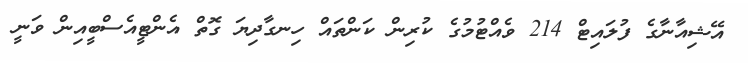
އޭޝިއާނާގެ ފުލައިޓް 214 ވެއްޓުމުގެ ކުރިން ކަންތައް ހިނގާދިޔަ ގޮތް އެންޓީއެސްބީއިން ވަނީ